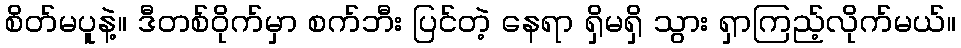
စိတ်မပူနဲ့။ ဒီတစ်ဝိုက်မှာ စက်ဘီး ပြင်တဲ့ နေရာ ရှိမရှိ သွား ရှာကြည့်လိုက်မယ်။